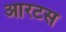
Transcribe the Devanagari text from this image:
आरटस